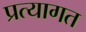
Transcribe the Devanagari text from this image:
प्रत्यागत